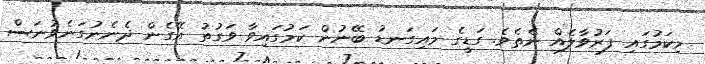
މިކަމުގައި ފަރުވާލެއް ނެތެވެ. ގަޑީގެ މައިގަނޑު ބޭނުން ކަމުގައިވާ ވަގުތު އޭގެން ދެނެނުގަނެވުނަސް